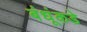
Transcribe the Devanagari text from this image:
बंधूंकडे